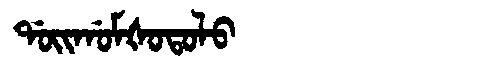
Manchu: ᡩᠣᡳᡤᠣᠮᡧᠣᡨᠣᠯᠣ
Romanization: DOIGOMŠOTOLO